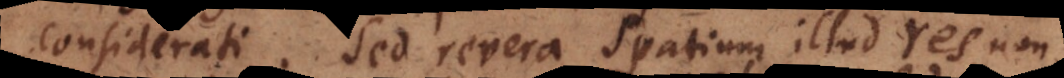
considerati. Sed revera Spatium illud res non